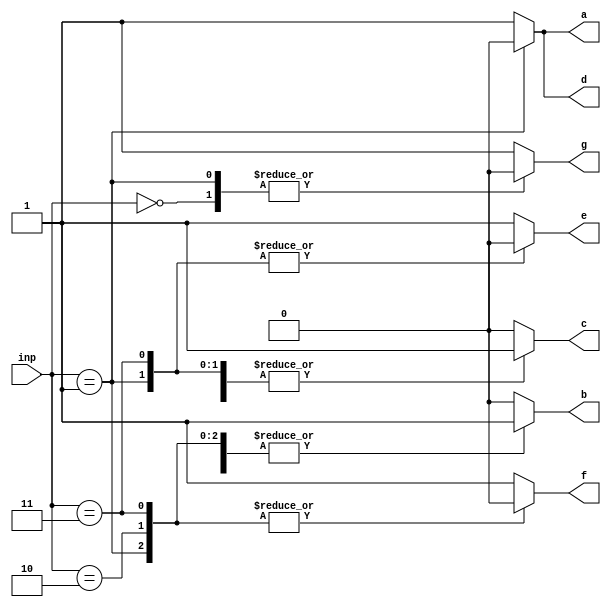
module seven(inp, a, b, c, d, e, f, g);
  input [2:0] inp;
  output a, b, c, d, e, f, g;

  reg a, b, c, d, e, f, g;

always@ (inp) 
begin
  case(inp)
    3'b000: 
    begin
      a <= 1;
      b <= 1;
      c <= 1;
      d <= 1;
      e <= 1;
      f <= 1;
      g <= 0;
    end 
    3'b001:
    begin
      a <= 0;
      b <= 1;
      c <= 1;
      d <= 0;
      e <= 0;
      f <= 0;
      g <= 0;
    end
    3'b010:
    begin
      a <= 1;
      b <= 1;
      c <= 0;
      d <= 1;
      e <= 1;
      f <= 0;
      g <= 1;
    end
    3'b011:
    begin
      a <= 1;
      b <= 1;
      c <= 1;
      d <= 1;
      e <= 0;
      f <= 0;
      g <= 1;
    end
    default:
    begin
      a <= 1;
      b <= 0;
      c <= 0;
      d <= 1;
      e <= 1;
      f <= 1;
      g <= 1;
    end
  endcase
end

endmodule